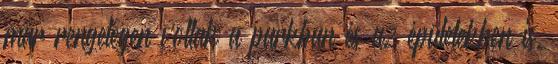
már rengetegen voltak a parkban és az épületekben is.